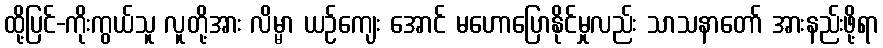
ထို့ပြင်-ကိုးကွယ်သူ လူတို့အား လိမ္မာ ယဉ်ကျေး အောင် မဟောပြောနိုင်မှုလည်း သာသနာတော် အားနည်းဖို့ရာ